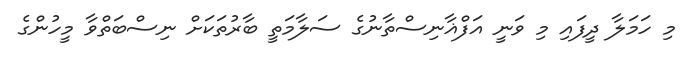
މި ހަމަލާ ދީފައި މި ވަނީ އަފްޣާނިސްތާނުގެ ސަލާމަތީ ބާރުތަކަށް ނިސްބަތްވާ މީހުންގެ